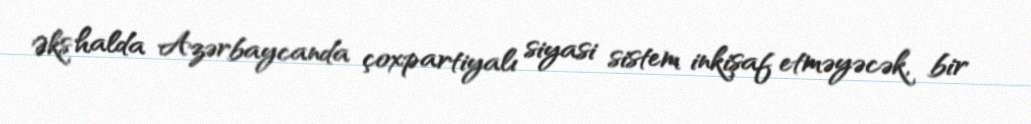
Əks halda Azərbaycanda çoxpartiyalı siyasi sistem inkişaf etməyəcək, bir